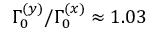
\Gamma _ { 0 } ^ { ( y ) } / \Gamma _ { 0 } ^ { ( x ) } \approx 1 . 0 3